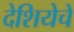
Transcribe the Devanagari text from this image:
देशियेचें